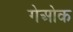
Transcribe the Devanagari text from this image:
गेओक